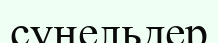
сунельдер